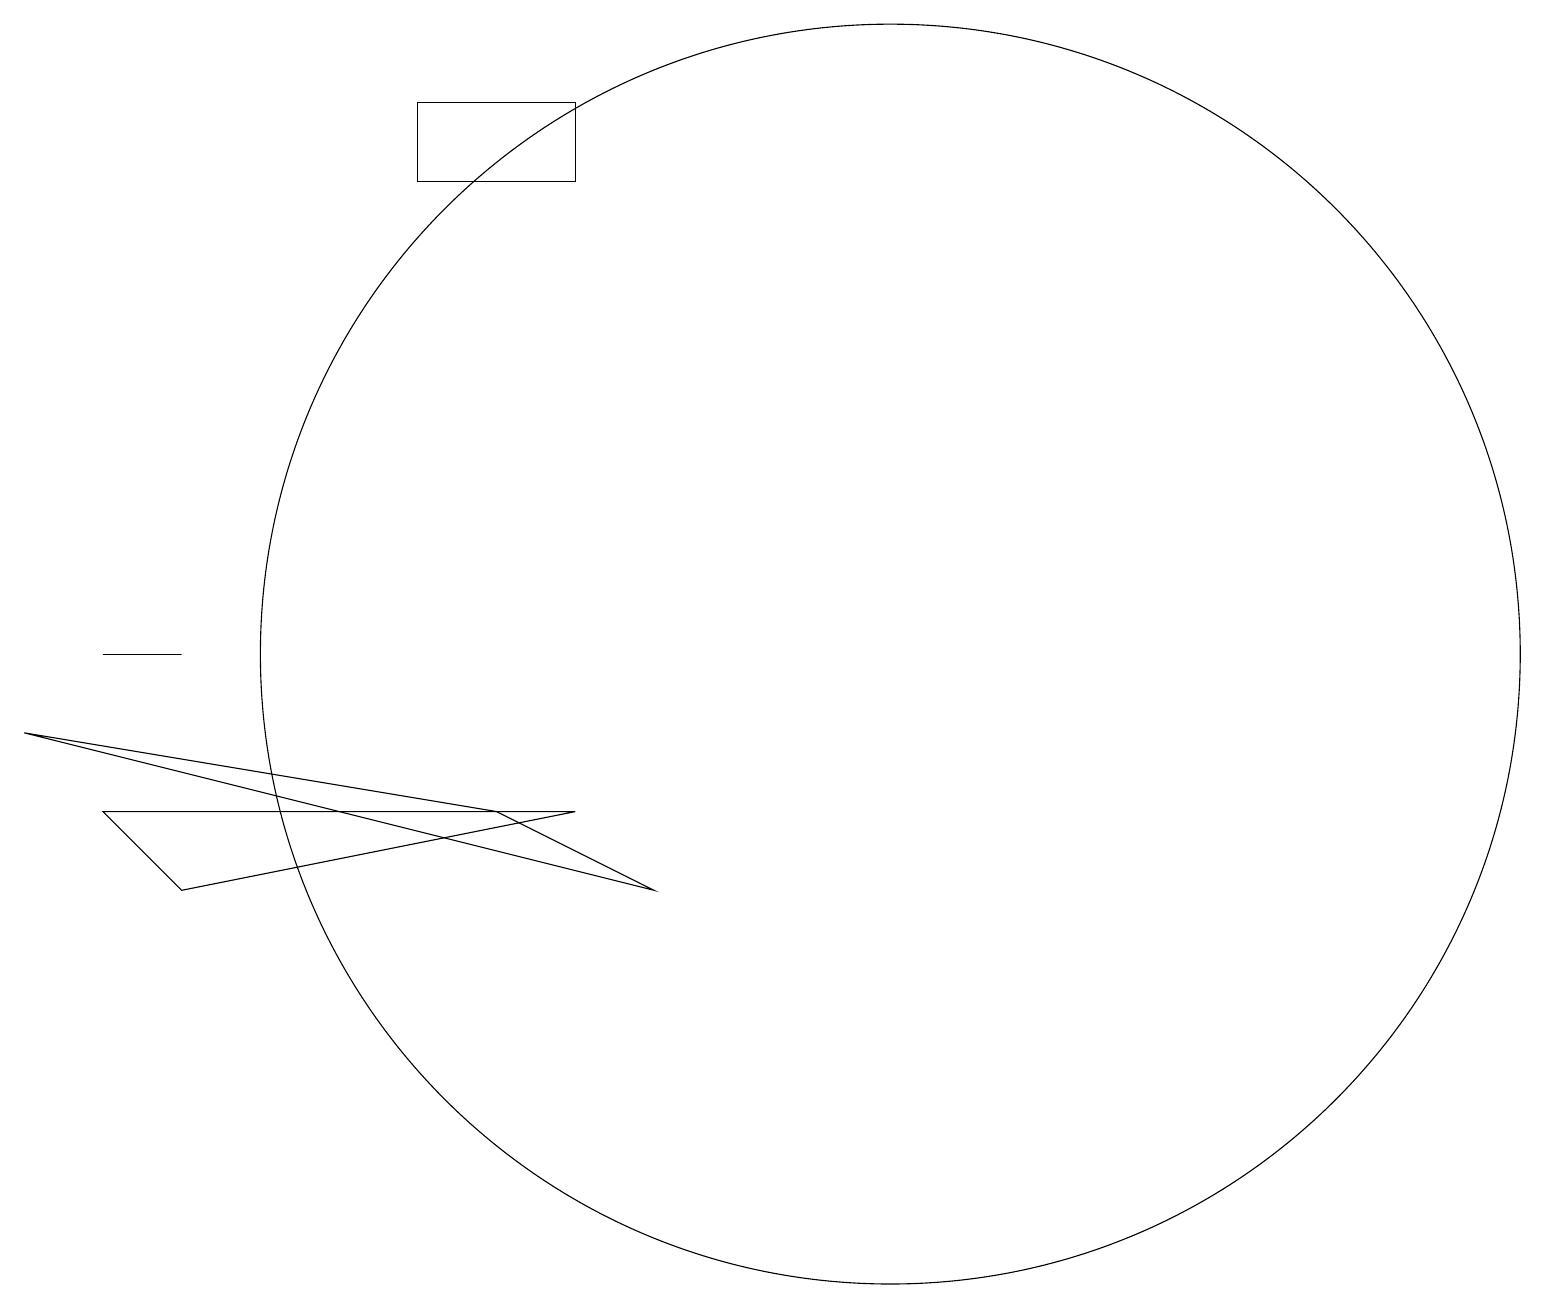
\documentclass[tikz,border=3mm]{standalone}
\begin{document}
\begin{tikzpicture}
\draw (11,10) circle (8);
\draw (1,10) rectangle (2,10);
\draw (5,16) rectangle (7,17);
\draw (0,9) -- (6,8) -- (8,7) -- cycle;
\draw (7,8) -- (2,7) -- (1,8) -- cycle;
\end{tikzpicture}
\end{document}